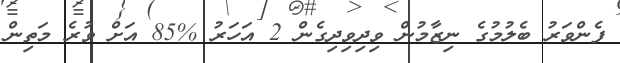
ފެންވަރު ބެލުމުގެ ނިޒާމުން ވިދިވިދިގެން 2 އަހަރު %85 އަށް ވުރެ މަތިން